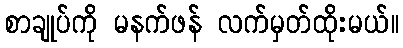
စာချုပ်ကို မနက်ဖန် လက်မှတ်ထိုးမယ်။